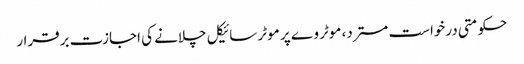
حکومتی درخواست مسترد، موٹر وے پر موٹر سائیکل چلانے کی اجازت برقرار